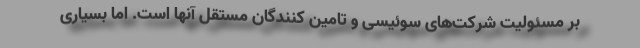
بر مسئولیت شرکت‌های سوئیسی و تامین کنندگان مستقل آنها است. اما بسیاری